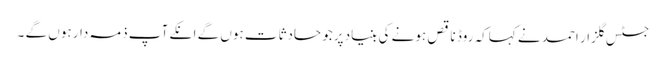
جسٹس گلزار احمد نے کہاکہ روڈ ناقص ہونے کی بنیاد پرجو حادثات ہوں گے انکے آپ ذمہ دار ہوں گے ۔